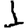
Digit: 1